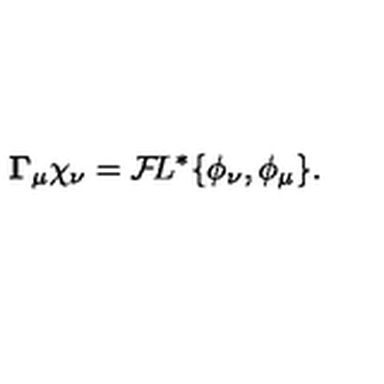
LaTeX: { \bf \Gamma } _ { \mu } \chi _ { \nu } = { \cal F } \! L ^ { * } \{ \phi _ { \nu } , \phi _ { \mu } \} .